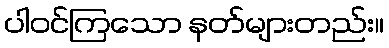
ပါဝင်ကြသော နတ်များတည်း။